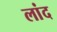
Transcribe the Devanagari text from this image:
लांद